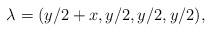
LaTeX: \begin{align*} \lambda = (y/2 + x,y/2,y/2,y/2), \end{align*}